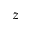
z